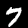
Label: 7